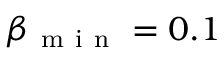
\beta _ { \mathrm { ~ m ~ i ~ n ~ } } = 0 . 1